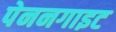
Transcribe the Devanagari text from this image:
पेननगाइट